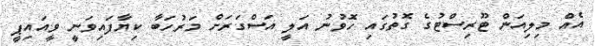
އެއް މިލިއަން ޓޫރިސްޓުގެ ގޮތުގައި ހޮވުނު އަލީ އަސްގަރަށް މަރުހަބާ ކިޔާފައިވަނީ ވީއައިޕީ